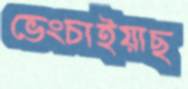
ভেংচাইয়াছ